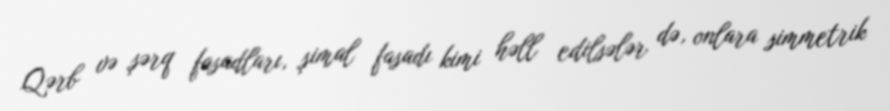
Qərb və şərq fasadları, şimal fasadı kimi həll edilsələr də, onlara simmetrik